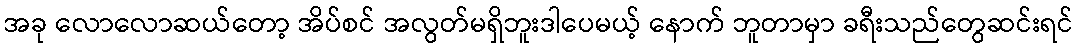
အခု လောလောဆယ်တော့ အိပ်စင် အလွတ်မရှိဘူးဒါပေမယ့် နောက် ဘူတာမှာ ခရီးသည်တွေဆင်းရင်